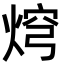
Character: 焪